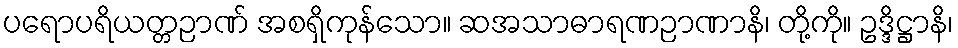
ပရောပရိယတ္တဉာဏ် အစရှိကုန်သော။ ဆအသာဓာရဏဉာဏာနိ၊ တို့ကို။ ဥဒ္ဒိဋ္ဌာနိ၊